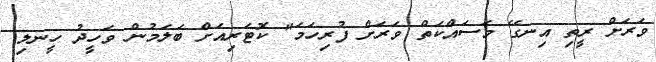
ވަރަށް ރީތި އިނގޭ މަސައްކަތް ވަރަށް ފުރިހަމަ" ކޮޓަރިއަށް ބަލަމުން ވަހީދު ހީނލި